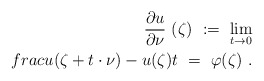
\begin{align*}\frac{\partial u}{\partial \nu}\ (\zeta)\ :=\ \lim_{t\to 0}\\frac{u(\zeta+t\cdot\nu)-u(\zeta)}{t}\ =\ \varphi(\zeta)\ .\end{align*}